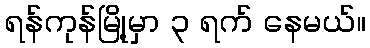
ရန်ကုန်မြို့မှာ ၃ ရက် နေမယ်။